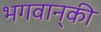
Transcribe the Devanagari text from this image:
भगवान्‌की